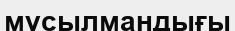
мұсылмандығы